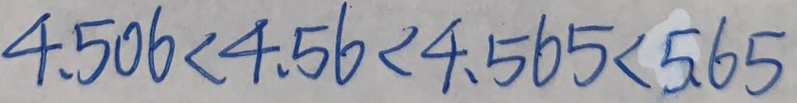
4 . 5 0 6 < 4 . 5 6 < 4 . 5 6 5 < 5 . 6 5